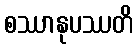
စဿာနုပဿတိ